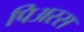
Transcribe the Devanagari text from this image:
पिअस्स